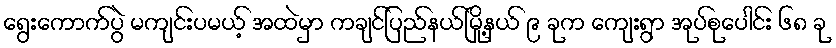
ရွေးကောက်ပွဲ မကျင်းပမယ့် အထဲမှာ ကချင်ပြည်နယ်မြို့နယ် ၉ ခုက ကျေးရွာ အုပ်စုပေါင်း ၆၈ ခု